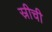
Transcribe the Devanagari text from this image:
स्रीची